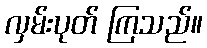
လှမ်းပုတ် ကြသည်။